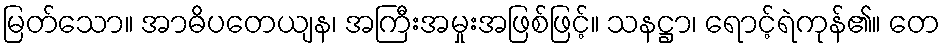
မြတ်သော။ အာဓိပတေယျန၊ အကြီးအမှုးအဖြစ်ဖြင့်။ သနဋ္ဌာ၊ ရောင့်ရဲကုန်၏။ တေ